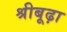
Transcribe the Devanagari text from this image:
श्रीबूढ़ा